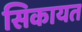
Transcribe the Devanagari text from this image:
सिकायत